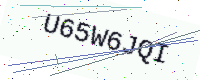
Text: U65W6JQI